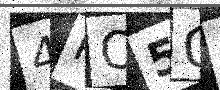
Text: 4PO5QA